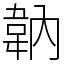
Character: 䪏